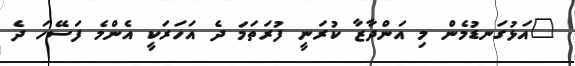
"އަޅުގަނޑުމެން މި އަންދާޒާ ކުރަނީ ފުރަތަމަ ދެ އަހަރަކީ އެންމެ ފަސޭހަ ދެ